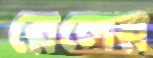
রেলের